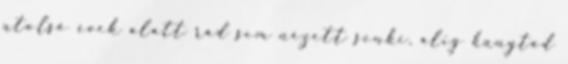
utolsó évek alatt rád sem nézett senki, alig hunytad